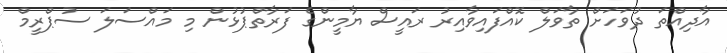
އާދިއްތަ ދުވަހަަށް ތާވަލް ކޮއްފައިވާއިރު ރައީސް ޔާމީންގެ ފަރާތްޕުޅުން މި މައްސަލަ ސުޕްރީމް